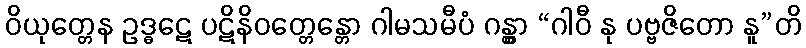
ဝိယုတ္တေန ဥဒ္ဓဋေ ပဋိနိဝတ္တေန္တော ဂါမသမီပံ ဂန္တွာ “ဂါဝီ နု ပဗ္ဗဇိတော နူ”တိ